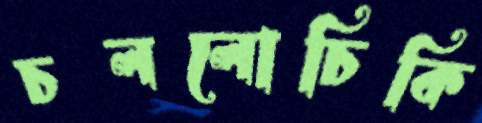
চললোচিকি